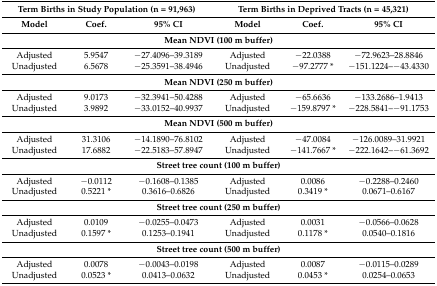
<table><thead><tr><td colspan="3"><b>Term Births in Study Population (n = 91,963)</b></td><td colspan="3"><b>Term Births in Deprived Tracts (n = 45,321)</b></td></tr><tr><td><b>Model</b></td><td><b>Coef.</b></td><td><b>95% CI</b></td><td><b>Model</b></td><td><b>Coef.</b></td><td><b>95% CI</b></td></tr></thead><tbody><tr><td colspan="6"><b>Mean NDVI (100 m buffer)</b></td></tr><tr><td>Adjusted</td><td>5.9547</td><td>−27.4096–39.3189</td><td>Adjusted</td><td>−22.0388</td><td>−72.9623–28.8846</td></tr><tr><td>Unadjusted</td><td>6.5678</td><td>−25.3591–38.4946</td><td>Unadjusted</td><td>−97.2777 *</td><td>−151.1224–−43.4330</td></tr><tr><td colspan="6"><b>Mean NDVI (250 m buffer)</b></td></tr><tr><td>Adjusted</td><td>9.0173</td><td>−32.3941–50.4288</td><td>Adjusted</td><td>−65.6636</td><td>−133.2686–1.9413</td></tr><tr><td>Unadjusted</td><td>3.9892</td><td>−33.0152–40.9937</td><td>Unadjusted</td><td>−159.8797 *</td><td>−228.5841–−91.1753</td></tr><tr><td colspan="6"><b>Mean NDVI (500 m buffer)</b></td></tr><tr><td>Adjusted</td><td>31.3106</td><td>−14.1890–76.8102</td><td>Adjusted</td><td>−47.0084</td><td>−126.0089–31.9921</td></tr><tr><td>Unadjusted</td><td>17.6882</td><td>−22.5183–57.8947</td><td>Unadjusted</td><td>−141.7667 *</td><td>−222.1642–−61.3692</td></tr><tr><td colspan="6"><b>Street tree count (100 m buffer)</b></td></tr><tr><td>Adjusted</td><td>−0.0112</td><td>−0.1608–0.1385</td><td>Adjusted</td><td>0.0086</td><td>−0.2288–0.2460</td></tr><tr><td>Unadjusted</td><td>0.5221 *</td><td>0.3616–0.6826</td><td>Unadjusted</td><td>0.3419 *</td><td>0.0671–0.6167</td></tr><tr><td colspan="6"><b>Street tree count (250 m buffer)</b></td></tr><tr><td>Adjusted</td><td>0.0109</td><td>−0.0255–0.0473</td><td>Adjusted</td><td>0.0031</td><td>−0.0566–0.0628</td></tr><tr><td>Unadjusted</td><td>0.1597 *</td><td>0.1253–0.1941</td><td>Unadjusted</td><td>0.1178 *</td><td>0.0540–0.1816</td></tr><tr><td colspan="6"><b>Street tree count (500 m buffer)</b></td></tr><tr><td>Adjusted</td><td>0.0078</td><td>−0.0043–0.0198</td><td>Adjusted</td><td>0.0087</td><td>−0.0115–0.0289</td></tr><tr><td>Unadjusted</td><td>0.0523 *</td><td>0.0413–0.0632</td><td>Unadjusted</td><td>0.0453 *</td><td>0.0254–0.0653</td></tr></tbody></table>